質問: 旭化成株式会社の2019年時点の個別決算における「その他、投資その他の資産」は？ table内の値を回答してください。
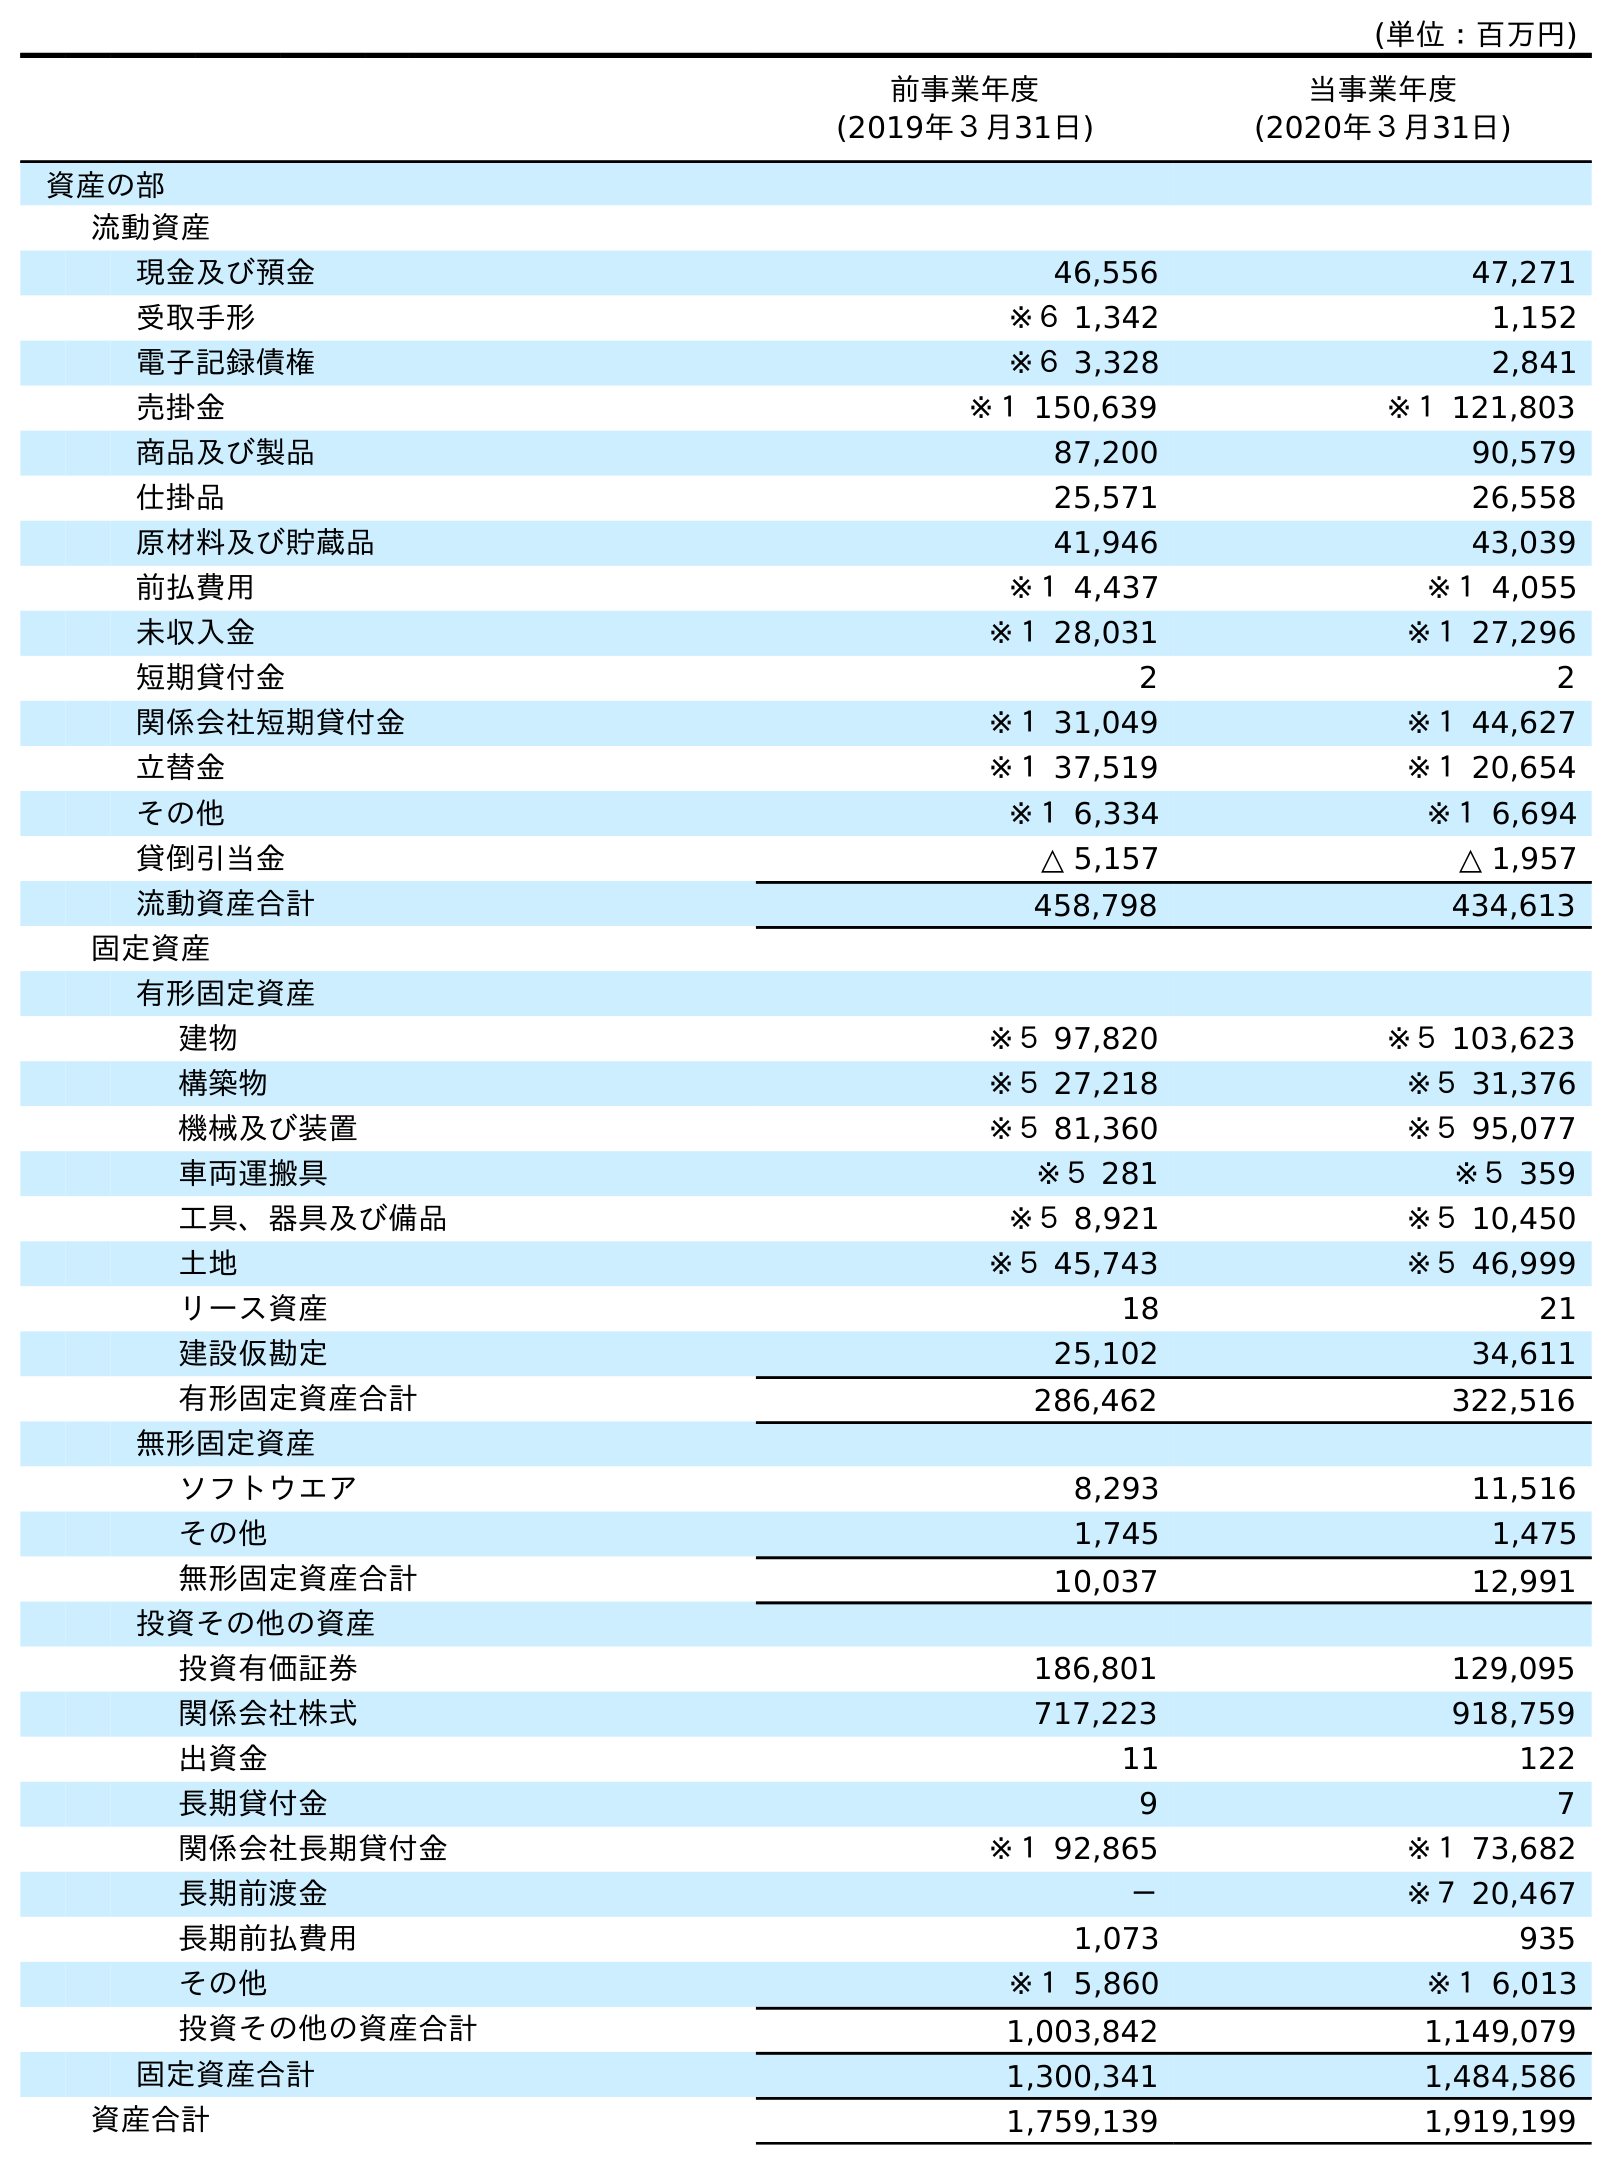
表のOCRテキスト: (単位：百万円) 前事業年度 (2019年３月31日) 当事業年度 (2020年３月31日) 資産の部 流動資産 現金及び預金 46,556 47,271 受取手形 ※６ 1,342 1,152 電子記録債権 ※６ 3,328 2,841 売掛金 ※１ 150,639 ※１ 121,803 商品及び製品 87,200 90,579 仕掛品 25,571 26,558 原材料及び貯蔵品 41,946 43,039 前払費用 ※１ 4,437 ※１ 4,055 未収入金 ※１ 28,031 ※１ 27,296 短期貸付金 2 2 関係会社短期貸付金 ※１ 31,049 ※１ 44,627 立替金 ※１ 37,519 ※１ 20,654 その他 ※１ 6,334 ※１ 6,694 貸倒引当金 △ 5,157 △ 1,957 流動資産合計 458,798 434,613 固定資産 有形固定資産 建物 ※５ 97,820 ※５ 103,623 構築物 ※５ 27,218 ※５ 31,376 機械及び装置 ※５ 81,360 ※５ 95,077 車両運搬具 ※５ 281 ※５ 359 工具、器具及び備品 ※５ 8,921 ※５ 10,450 土地 ※５ 45,743 ※５ 46,999 リース資産 18 21 建設仮勘定 25,102 34,611 有形固定資産合計 286,462 322,516 無形固定資産 ソフトウエア 8,293 11,516 その他 1,745 1,475 無形固定資産合計 10,037 12,991 投資その他の資産 投資有価証券 186,801 129,095 関係会社株式 717,223 918,759 出資金 11 122 長期貸付金 9 7 関係会社長期貸付金 ※１ 92,865 ※１ 73,682 長期前渡金 － ※７ 20,467 長期前払費用 1,073 935 その他 ※１ 5,860 ※１ 6,013 投資その他の資産合計 1,003,842 1,149,079 固定資産合計 1,300,341 1,484,586 資産合計 1,759,139 1,919,199
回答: ※１5,860